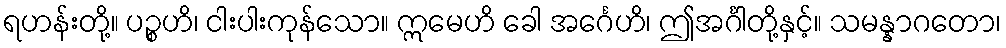
ရဟန်းတို့။ ပဉ္စဟိ၊ ငါးပါးကုန်သော။ ဣမေဟိ ခေါ အင်္ဂေဟိ၊ ဤအင်္ဂါတို့နှင့်။ သမန္နာဂတော၊